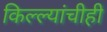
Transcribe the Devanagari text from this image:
किल्ल्यांचीही